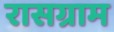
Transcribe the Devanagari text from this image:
रासग्राम